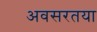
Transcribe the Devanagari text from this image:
अवसरतया